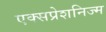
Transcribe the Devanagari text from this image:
एक्सप्रेशनिज्म